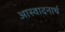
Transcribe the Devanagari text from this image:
आस्वादनार्थ